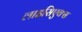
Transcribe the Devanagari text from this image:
लाइसिएक्स